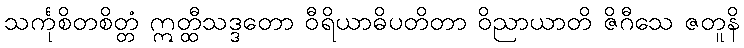
သင်္ကုစိတစိတ္တံ ဣတ္ထီသဒ္ဒတော ဝီရိယာဓိပတိတာ ဝိညာယာတိ ဇိဂီသေ ဇတူနိ